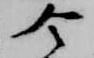
令